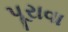
પૂરાવા